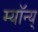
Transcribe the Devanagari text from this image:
म्यॉन्य्